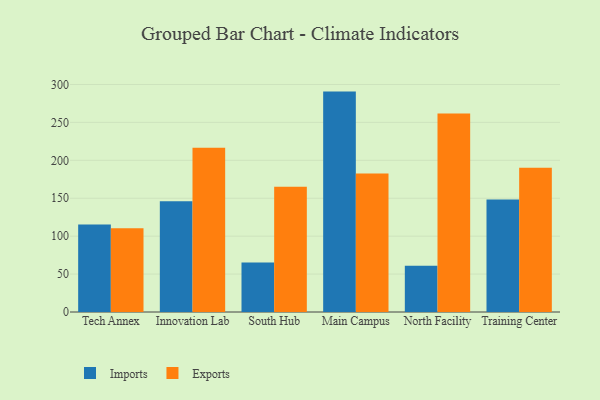
{"axis": {"x": "Campus", "y": "LTV (USD)"}, "legend": ["Exports", "Imports"], "data": [{"x": "Tech Annex", "y": 115.4, "type": "Imports"}, {"x": "Tech Annex", "y": 110.5, "type": "Exports"}, {"x": "Innovation Lab", "y": 145.9, "type": "Imports"}, {"x": "Innovation Lab", "y": 216.5, "type": "Exports"}, {"x": "South Hub", "y": 65.3, "type": "Imports"}, {"x": "South Hub", "y": 165.2, "type": "Exports"}, {"x": "Main Campus", "y": 290.6, "type": "Imports"}, {"x": "Main Campus", "y": 182.6, "type": "Exports"}, {"x": "North Facility", "y": 61.0, "type": "Imports"}, {"x": "North Facility", "y": 261.8, "type": "Exports"}, {"x": "Training Center", "y": 148.4, "type": "Imports"}, {"x": "Training Center", "y": 190.2, "type": "Exports"}]}